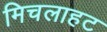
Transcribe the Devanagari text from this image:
मिचलाहट